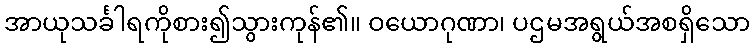
အာယုသင်္ခါရကိုစား၍သွားကုန်၏။ ဝယောဂုဏာ၊ ပဌမအရွယ်အစရှိသော